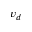
v _ { d }